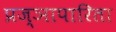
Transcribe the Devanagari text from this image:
प्रज्ञापारिता